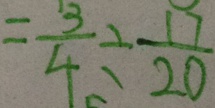
= \frac { 3 } { 4 } \div \frac { 1 7 } { 2 0 }